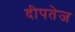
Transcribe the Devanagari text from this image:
दीपतेज